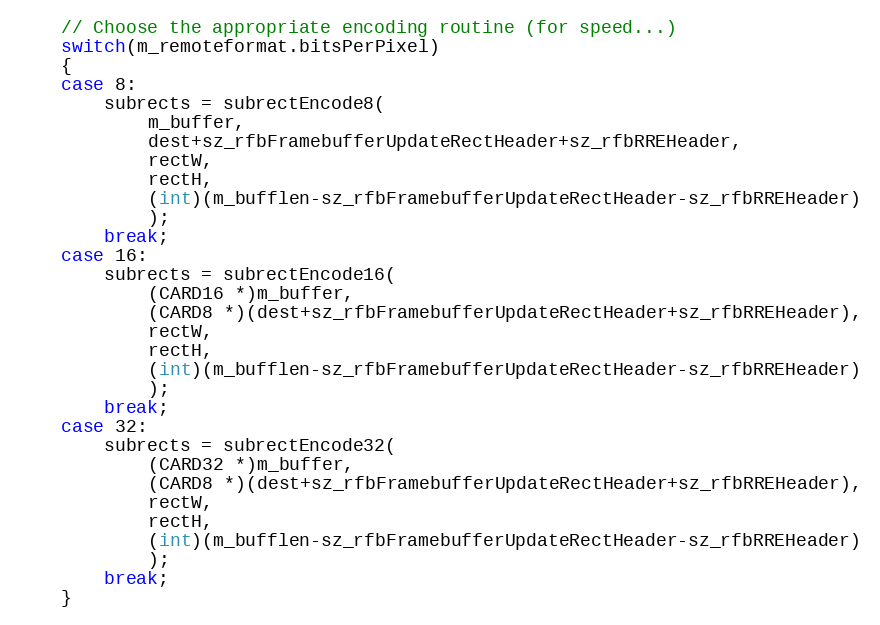
Language: C++
	// Choose the appropriate encoding routine (for speed...)
	switch(m_remoteformat.bitsPerPixel)
	{
	case 8:
		subrects = subrectEncode8(
			m_buffer,
			dest+sz_rfbFramebufferUpdateRectHeader+sz_rfbRREHeader,
			rectW,
			rectH,
			(int)(m_bufflen-sz_rfbFramebufferUpdateRectHeader-sz_rfbRREHeader)
			);
		break;
	case 16:
		subrects = subrectEncode16(
			(CARD16 *)m_buffer,
			(CARD8 *)(dest+sz_rfbFramebufferUpdateRectHeader+sz_rfbRREHeader),
			rectW,
			rectH,
			(int)(m_bufflen-sz_rfbFramebufferUpdateRectHeader-sz_rfbRREHeader)
			);
		break;
	case 32:
		subrects = subrectEncode32(
			(CARD32 *)m_buffer,
			(CARD8 *)(dest+sz_rfbFramebufferUpdateRectHeader+sz_rfbRREHeader),
			rectW,
			rectH,
			(int)(m_bufflen-sz_rfbFramebufferUpdateRectHeader-sz_rfbRREHeader)
			);
		break;
	}